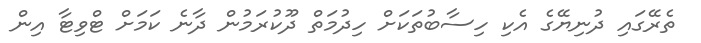
ތެރޭގައި ދުނިޔޭގެ އެކި ހިސާބުތަކަށް ހިދުމަތް ދޫކުރަމުން ދާނެ ކަމަށް ޓްވިޓާ އިން